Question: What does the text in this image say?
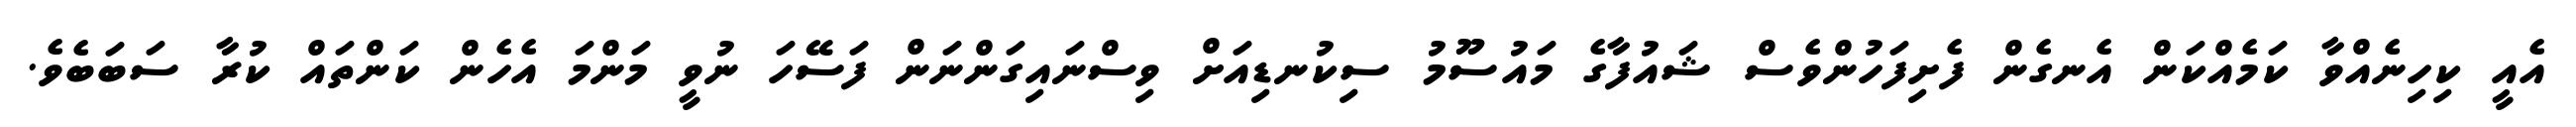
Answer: އެއީ ކިހިނެއްވާ ކަމެއްކަން އެނގެން ފެށިފަހުންވެސް ޝައުފާގެ މައުސޫމު ސިކުނޑިއަށް ވިސްނައިގަންނަން ފަސޭހަ ނުވީ މަންމަ އެހެން ކަންތައް ކުރާ ސަބަބެވެ.